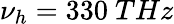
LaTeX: \nu_{h}=330~THz